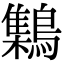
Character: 𪆐